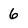
Character: 6